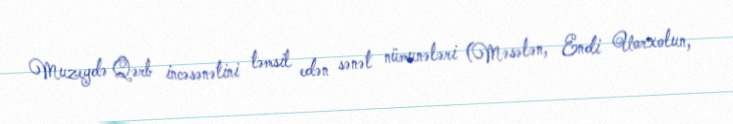
Muzeydə Qərb incəsənətini təmsil edən sənət nümunələri (Məsələn, Endi Uorxolun,